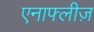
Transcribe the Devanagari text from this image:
एनाफ्लीज़